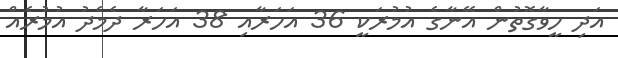
އަދި ހީވާގޮތުން އޭނާގެ އުމުރަކީ 36 އަހަރާއި 38 އަހަރާ ދެމެދު އުމުރެއް